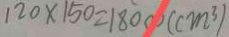
1 2 0 \times 1 5 0 = 1 8 0 0 0 ( c m ^ { 3 } )